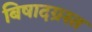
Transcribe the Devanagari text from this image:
बिषादग्रस्त